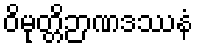
ဝိမုတ္တိဉာဏဒဿနံ